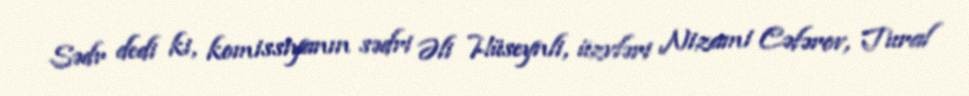
Sədr dedi ki, komissiyanın sədri Əli Hüseynli, üzvləri Nizami Cəfərov, Tural